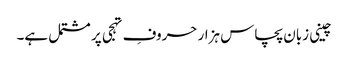
چینی زبان پچاس ہزار حروفِ تہجی پر مشتمل ہے۔